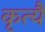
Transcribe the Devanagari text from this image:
कृत्यै